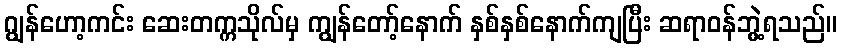
ဂျွန်ဟော့ကင်း ဆေးတက္ကသိုလ်မှ ကျွန်တော့်နောက် နှစ်နှစ်နောက်ကျပြီး ဆရာဝန်ဘွဲ့ရသည်။